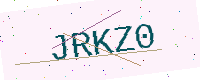
Text: JRKZ0